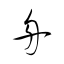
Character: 舟